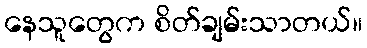
နေသူတွေက စိတ်ချမ်းသာတယ်။